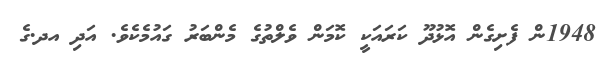
1948ން ފެށިގެން އޮޅުދޫ ކަރައަކީ ކޮމަން ވެލްތުގެ މެންބަރު ގައުމެކެވެ. އަދި އދ.ގެ